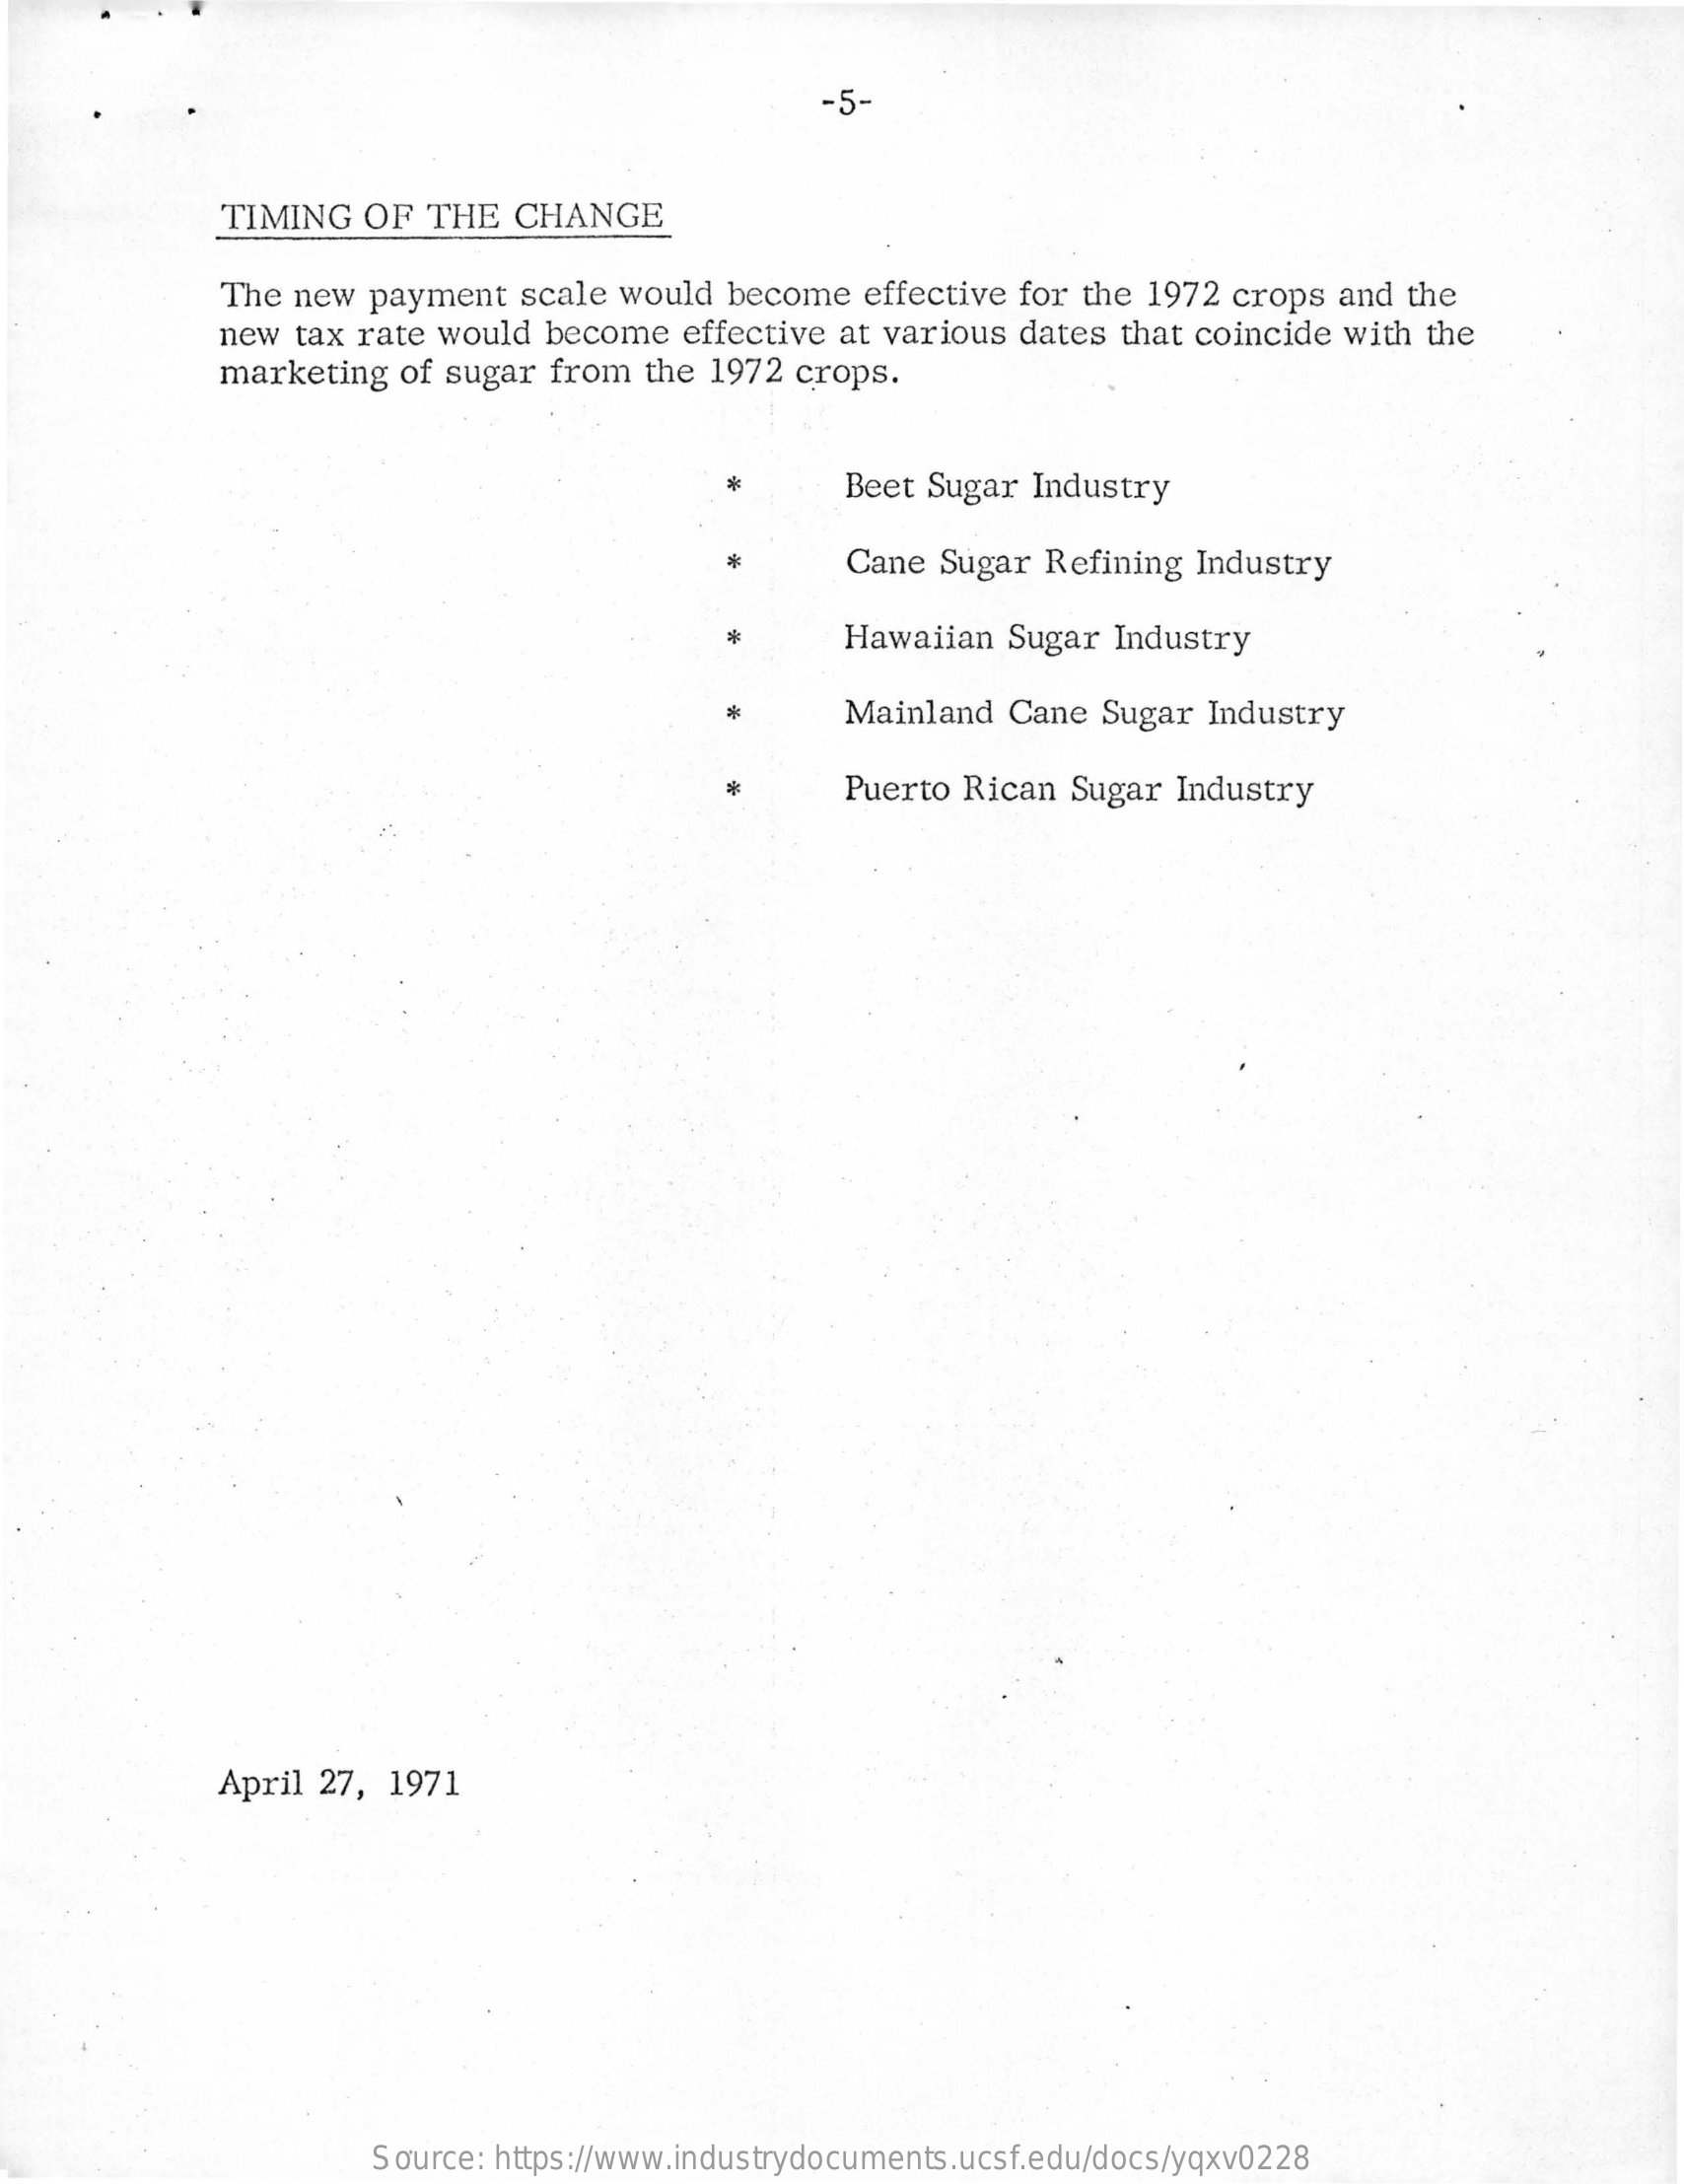
-5-
     TIMING OF THE  CHANGE
     The new payment scale would become effective for the 1972 crops and the
     new tax rate would become effective at various dates that coincide with the
     marketing of sugar from the 1972 crops.
     Beet Sugar Industry
     Cane Sugar Refining Industry
     Hawaiian Sugar Industry
     Mainland Cane Sugar Industry
     Puerto Rican Sugar Industry
     April 27, 1971
     Source: https://www.industrydocuments.ucsf.edu/docs/yqxv0228